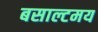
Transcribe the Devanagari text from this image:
बसाल्टमय